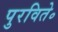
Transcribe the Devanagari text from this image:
पुरविते॰